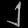
Digit: ၂